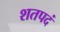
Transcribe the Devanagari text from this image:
शतपदं